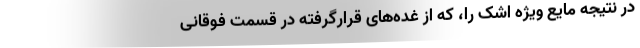
در نتیجه مایع ویژه اشک را، که از غده‌های قرارگرفته در قسمت فوقانی